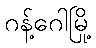
ဂန့်ဂေါမြို့